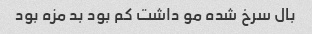
بال سرخ شده مو داشت کم بود بد مزه بود